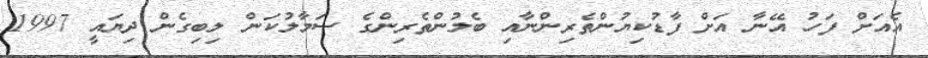
އެއަށް ފަހު އޭނާ އަށް ފާޑުކިޔުންތެރިންނާއި ބެލުންތެރިންގެ ސަމާލުކަން ލިބިގެން ދިޔައީ 1997